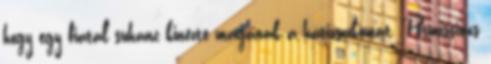
hogy egy fiatal suhanc kinézte magának a hátizsákomat. Permissions